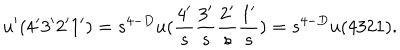
u ^ { \prime } ( 4 ^ { \prime } 3 ^ { \prime } 2 ^ { \prime } 1 ^ { \prime } ) = s ^ { 4 - D } u ( \frac { 4 ^ { \prime } } { s } \frac { 3 ^ { \prime } } { s } \frac { 2 ^ { \prime } } { s } \frac { 1 ^ { \prime } } { s } ) = s ^ { 4 - D } u ( 4 3 2 1 ) .